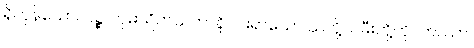
ရှိကုန်သော။ ပဉ္စ ကုမာရိကသတာနိ၊ ငါးရာသော သတို့သမီးတို့ကို။ တဿာ၊